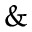
\&